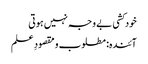
خودکشی بے وجہ نہیں ہوتی
آئندہ: مطلوب و مقصودِ علم